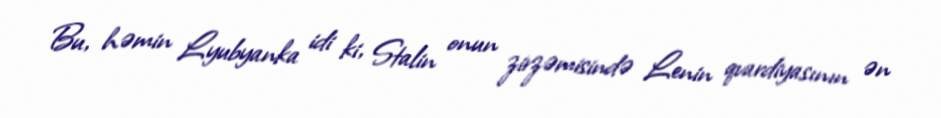
Bu, həmin Lyubyanka idi ki, Stalin onun zirzəmisində Lenin qvardiyasının ən